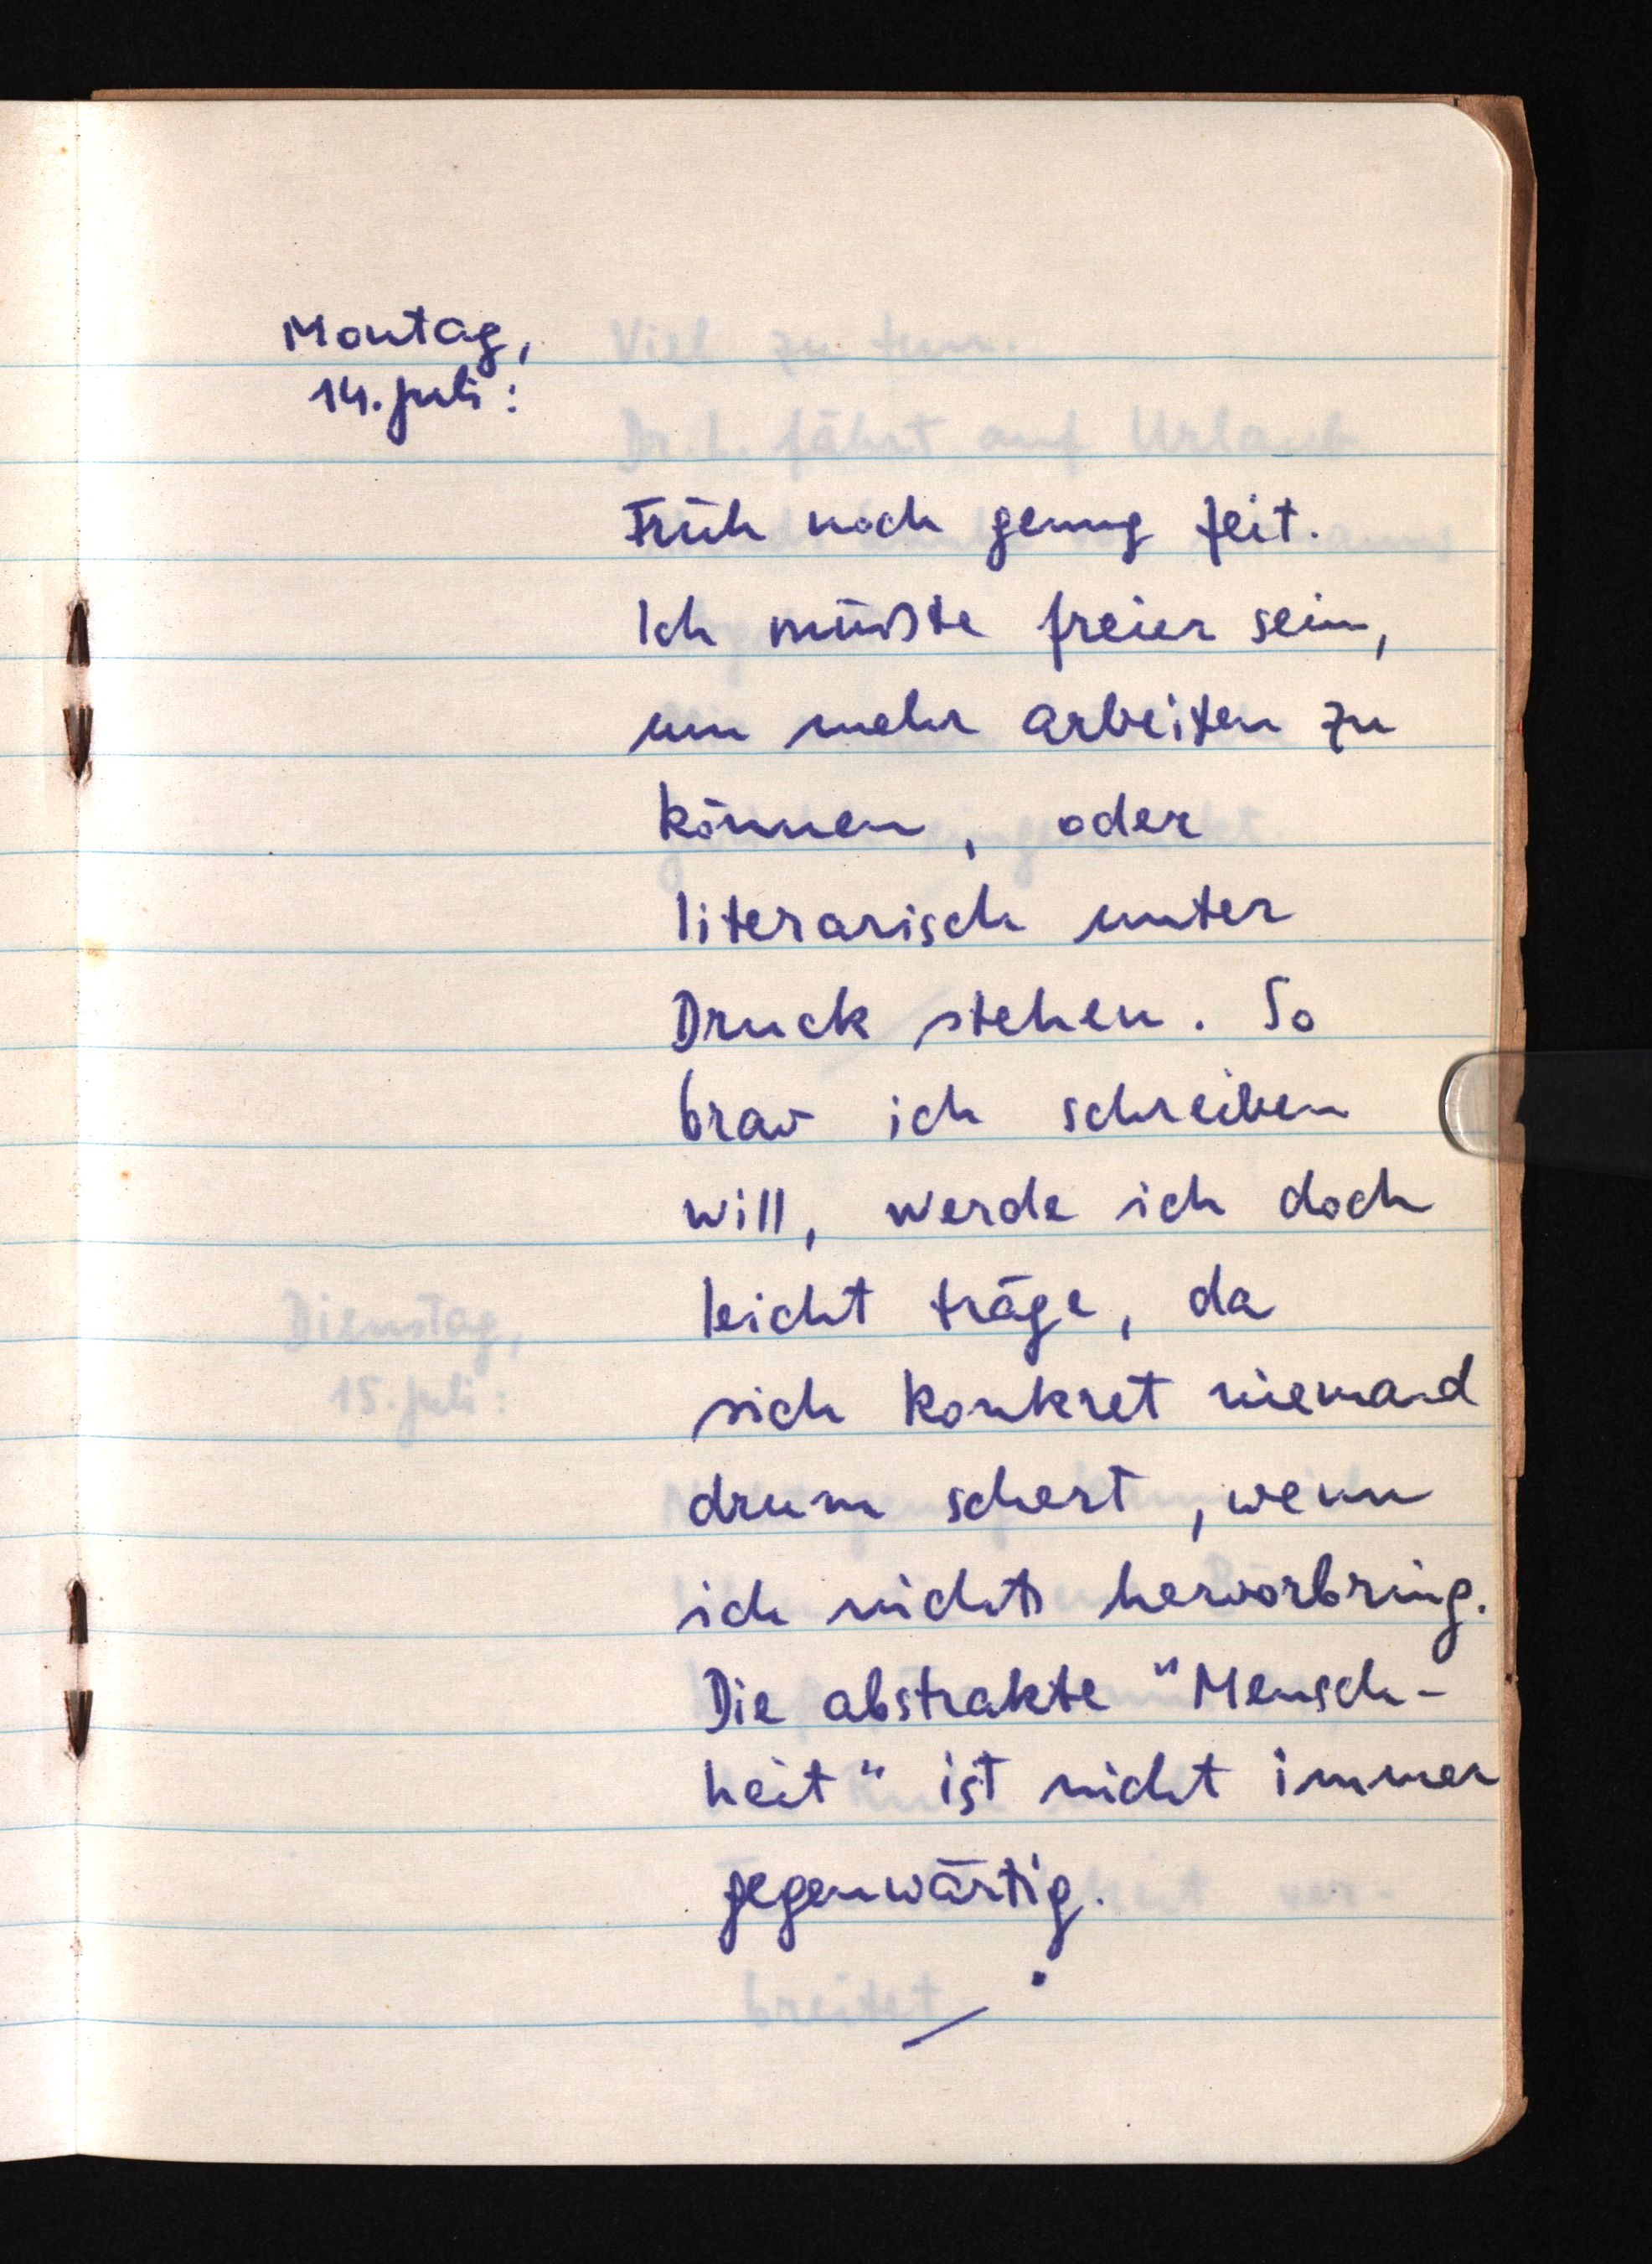
Montag,
14. Juli:
Früh noch genug Zeit.
Ich müßte freier sein,
um mehr arbeiten zu
können, oder
literarisch unter
Druck stehen. So
brav ich schreiben
will, werde ich doch
leicht träge, da
sich konkret niemand
drum schert, wenn
ich nichts hervorbring.
Die abstrakte "Mensch¬
heit" ist nicht immer
gegenwärtig.

Dienstag,
15 Juli